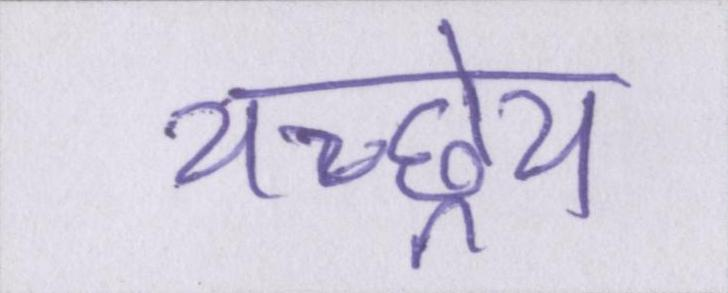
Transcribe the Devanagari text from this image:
यच्छ्रेय